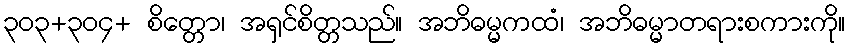
၃၀၃+၃၀၄+ စိတ္တော၊ အရှင်စိတ္တသည်။ အဘိဓမ္မကထံ၊ အဘိဓမ္မာတရားစကားကို။